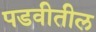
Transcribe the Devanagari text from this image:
पडवीतील